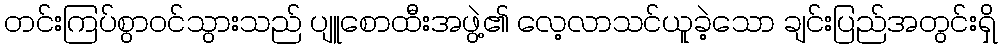
တင်းကြပ်စွာဝင်သွားသည် ပျူစောထီးအဖွဲ့၏ လေ့လာသင်ယူခဲ့သော ချင်းပြည်အတွင်းရှိ